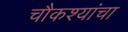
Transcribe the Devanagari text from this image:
चौकश्यांचा